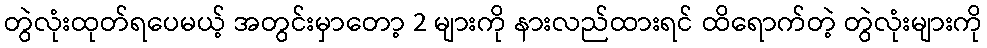
တွဲလုံးထုတ်ရပေမယ့် အတွင်းမှာတော့ 2 များကို နားလည်ထားရင် ထိရောက်တဲ့ တွဲလုံးများကို